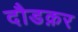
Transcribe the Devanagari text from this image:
दौडक़र